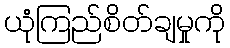
ယုံကြည်စိတ်ချမှုကို